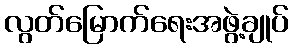
လွတ်မြောက်ရေးအဖွဲ့ချုပ်